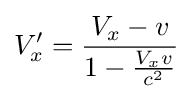
V'_{x}={\frac {V_{x}-v}{1-{\frac {V_{x}v}{c^{2}}}}}